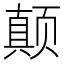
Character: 颠